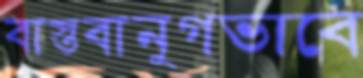
বাস্তবানুগভাবে